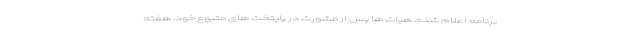
برنامه اعلام شده، هیات ها پس از مشورت در پایتخت های متبوع خود، هفته